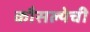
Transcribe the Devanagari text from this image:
कौसल्येची